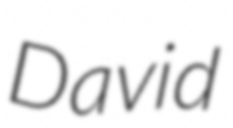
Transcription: David